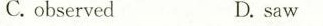
C. observedD.saw